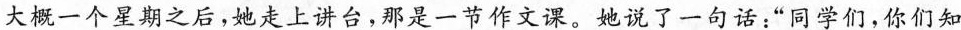
大概一个星期之后，她走上讲台，那是一节作文课。她说了一句话：”同学们，你们知